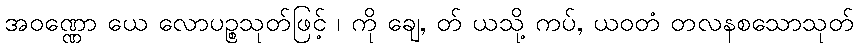
အဝဏ္ဏော ယေ လောပဉ္စသုတ်ဖြင့် ၊ ကို ချေ, တ် ယသို့ ကပ်, ယဝတံ တလနစသောသုတ်